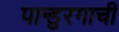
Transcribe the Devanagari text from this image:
पान्डुरगाची